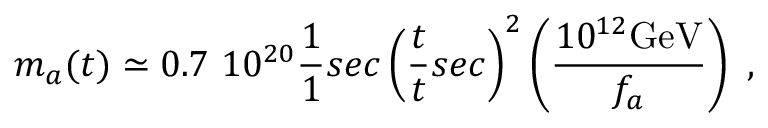
m _ { a } ( t ) \simeq 0 . 7 ~ 1 0 ^ { 2 0 } \frac { 1 } { 1 } { s e c } \left( \frac { t } { t } { s e c } \right) ^ { 2 } \left( \frac { 1 0 ^ { 1 2 } \mathrm { G e V } } { f _ { a } } \right) \ ,